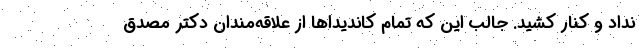
نداد و کنار کشید. جالب این که تمام کاندیداها از علاقه‌مندان دکتر مصدق